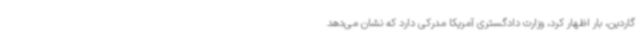
گاردین، بار اظهار کرد، وزارت دادگستری آمریکا مدرکی دارد که نشان می‌دهد